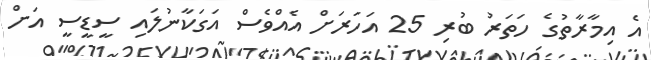
އެ އިމާރާތުގެ ހަތަރު ބުރި 25 އަހަރަށް އެއްވެސް އަގަކާނުލައި ސީޑީސީ އަށް